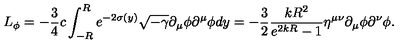
L _ { \phi } = - \frac { 3 } { 4 } c \int _ { - R } ^ { R } e ^ { - 2 \sigma ( y ) } \sqrt { - \gamma } \partial _ { \mu } \phi \partial ^ { \mu } \phi d y = - \frac { 3 } { 2 } \frac { k R ^ { 2 } } { e ^ { 2 k R } - 1 } \eta ^ { \mu \nu } \partial _ { \mu } \phi \partial ^ { \nu } \phi .